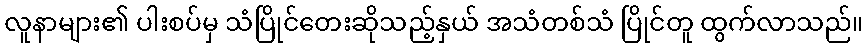
လူနာများ၏ ပါးစပ်မှ သံပြိုင်တေးဆိုသည့်နှယ် အသံတစ်သံ ပြိုင်တူ ထွက်လာသည်။